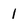
Character: 1